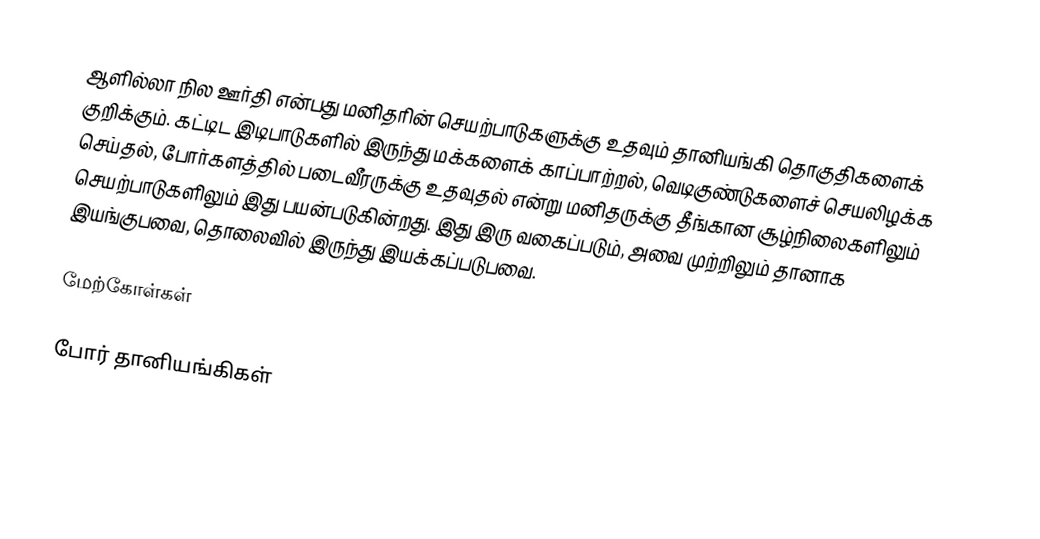
ஆளில்லா நில ஊர்தி என்பது மனிதரின் செயற்பாடுகளுக்கு உதவும் தானியங்கி தொகுதிகளைக் குறிக்கும். கட்டிட இடிபாடுகளில் இருந்து மக்களைக் காப்பாற்றல், வெடிகுண்டுகளைச் செயலிழக்க செய்தல், போர்களத்தில் படைவீரருக்கு உதவுதல் என்று மனிதருக்கு தீங்கான சூழ்நிலைகளிலும் செயற்பாடுகளிலும் இது பயன்படுகின்றது. இது இரு வகைப்படும், அவை முற்றிலும் தானாக இயங்குபவை, தொலைவில் இருந்து இயக்கப்படுபவை.

மேற்கோள்கள்

போர் தானியங்கிகள்